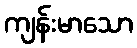
ကျန်းမာသော